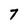
Character: 7